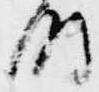
時